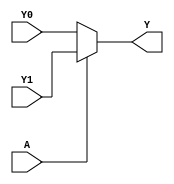
module single_variable_kmap (
    input wire A,      // 1-bit input variable
    input wire Y0,     // Output for A = 0
    input wire Y1,     // Output for A = 1
    output wire Y      // 1-bit output variable
);

// Combinational logic for K-map functionality
assign Y = (A == 1'b0) ? Y0 : Y1;

endmodule